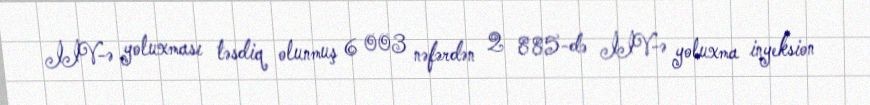
İİV-ə yoluxması təsdiq olunmuş 6 003 nəfərdən 2 885-də İİV-ə yoluxma inyeksion